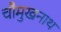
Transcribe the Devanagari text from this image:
चौमुखनाथ